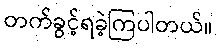
တက်ခွင့်ရခဲ့ကြပါတယ်။